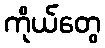
ကိုယ်တွေ